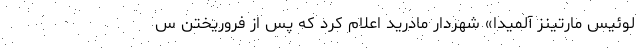
لوئیس مارتینز آلمیدا» شهردار مادرید اعلام کرد که پس از فروریختن س